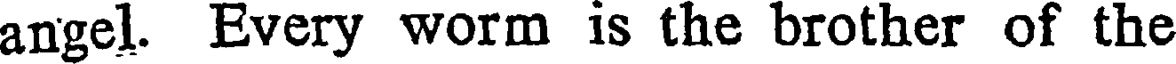
angel. Every worm is the brother of the